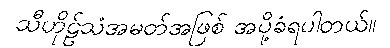
သီဟိုဠ်သံအမတ်အဖြစ် အပို့ခံရပါတယ်။